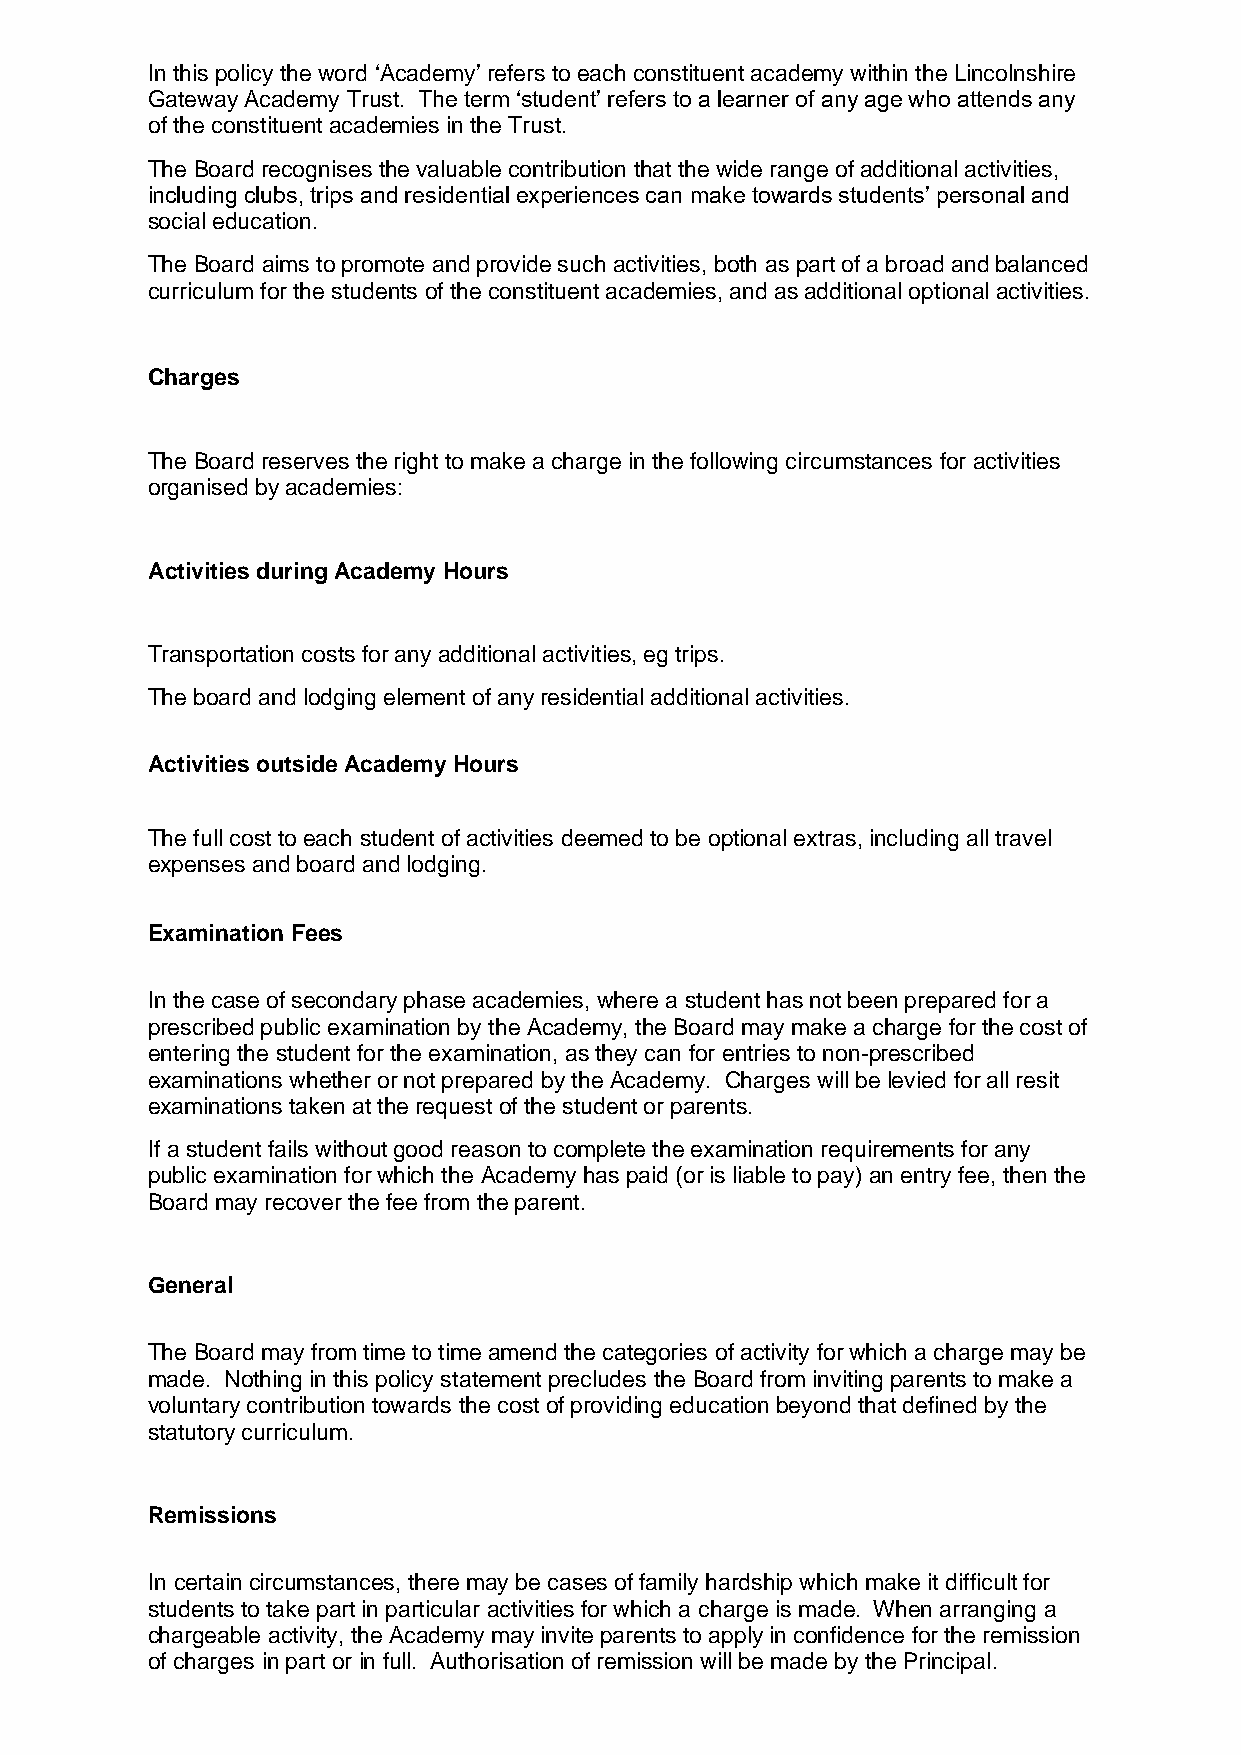
In this policy the word ‘Academy’ refers to each constituent academy within the Lincolnshire
 Gateway Academy Trust. The term ‘student’ refers to a learner of any age who attends any
 of the constituent academies in the Trust.
 The Board recognises the valuable contribution that the wide range of additional activities,
 including clubs, trips and residential experiences can make towards students’ personal and
 social education.
 The Board aims to promote and provide such activities, both as part of a broad and balanced
 curriculum for the students of the constituent academies, and as additional optional activities.
 Charges
 The Board reserves the right to make a charge in the following circumstances for activities
 organised by academies:
 Activities during Academy Hours
 Transportation costs for any additional activities, eg trips.
 The board and lodging element of any residential additional activities.
 Activities outside Academy Hours
 The full cost to each student of activities deemed to be optional extras, including all travel
 expenses and board and lodging.
 Examination Fees
 In the case of secondary phase academies, where a student has not been prepared for a
 prescribed public examination by the Academy, the Board may make a charge for the cost of
 entering the student for the examination, as they can for entries to non-prescribed
 examinations whether or not prepared by the Academy. Charges will be levied for all resit
 examinations taken at the request of the student or parents.
 If a student fails without good reason to complete the examination requirements for any
 public examination for which the Academy has paid (or is liable to pay) an entry fee, then the
 Board may recover the fee from the parent.
 General
 The Board may from time to time amend the categories of activity for which a charge may be
 made. Nothing in this policy statement precludes the Board from inviting parents to make a
 voluntary contribution towards the cost of providing education beyond that defined by the
 statutory curriculum.
 Remissions
 In certain circumstances, there may be cases of family hardship which make it difficult for
 students to take part in particular activities for which a charge is made. When arranging a
 chargeable activity, the Academy may invite parents to apply in confidence for the remission
 of charges in part or in full. Authorisation of remission will be made by the Principal.